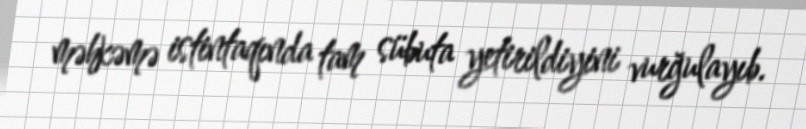
məhkəmə istintaqında tam sübuta yetirildiyini vurğulayıb.